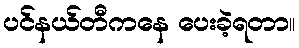
ပင်နယ်တီကနေ ပေးခဲ့ရတာ။